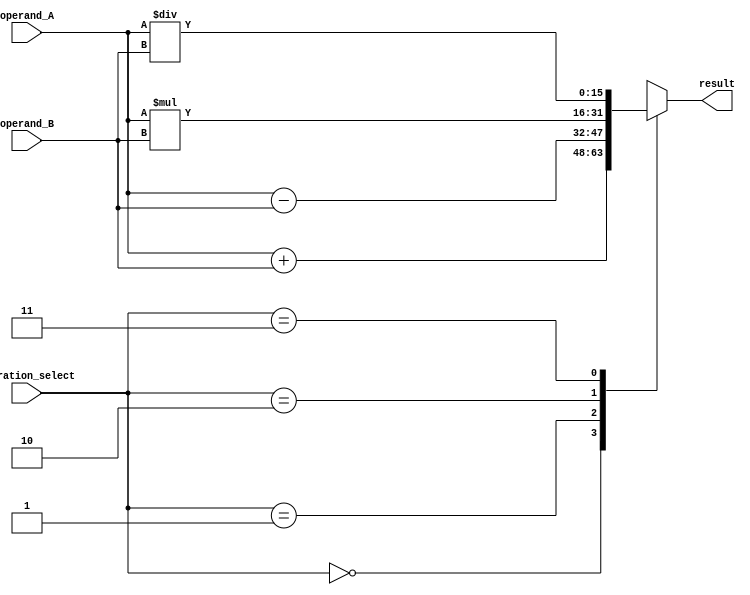
module ALU_16bit (
    input [15:0] operand_A,
    input [15:0] operand_B,
    input [1:0] operation_select,
    output reg [15:0] result
);

always @(*)
begin
    case(operation_select)
        2'b00: result = operand_A + operand_B; // Addition
        2'b01: result = operand_A - operand_B; // Subtraction
        2'b10: result = operand_A * operand_B; // Multiplication
        2'b11: result = operand_A / operand_B; // Division
    endcase
end

endmodule